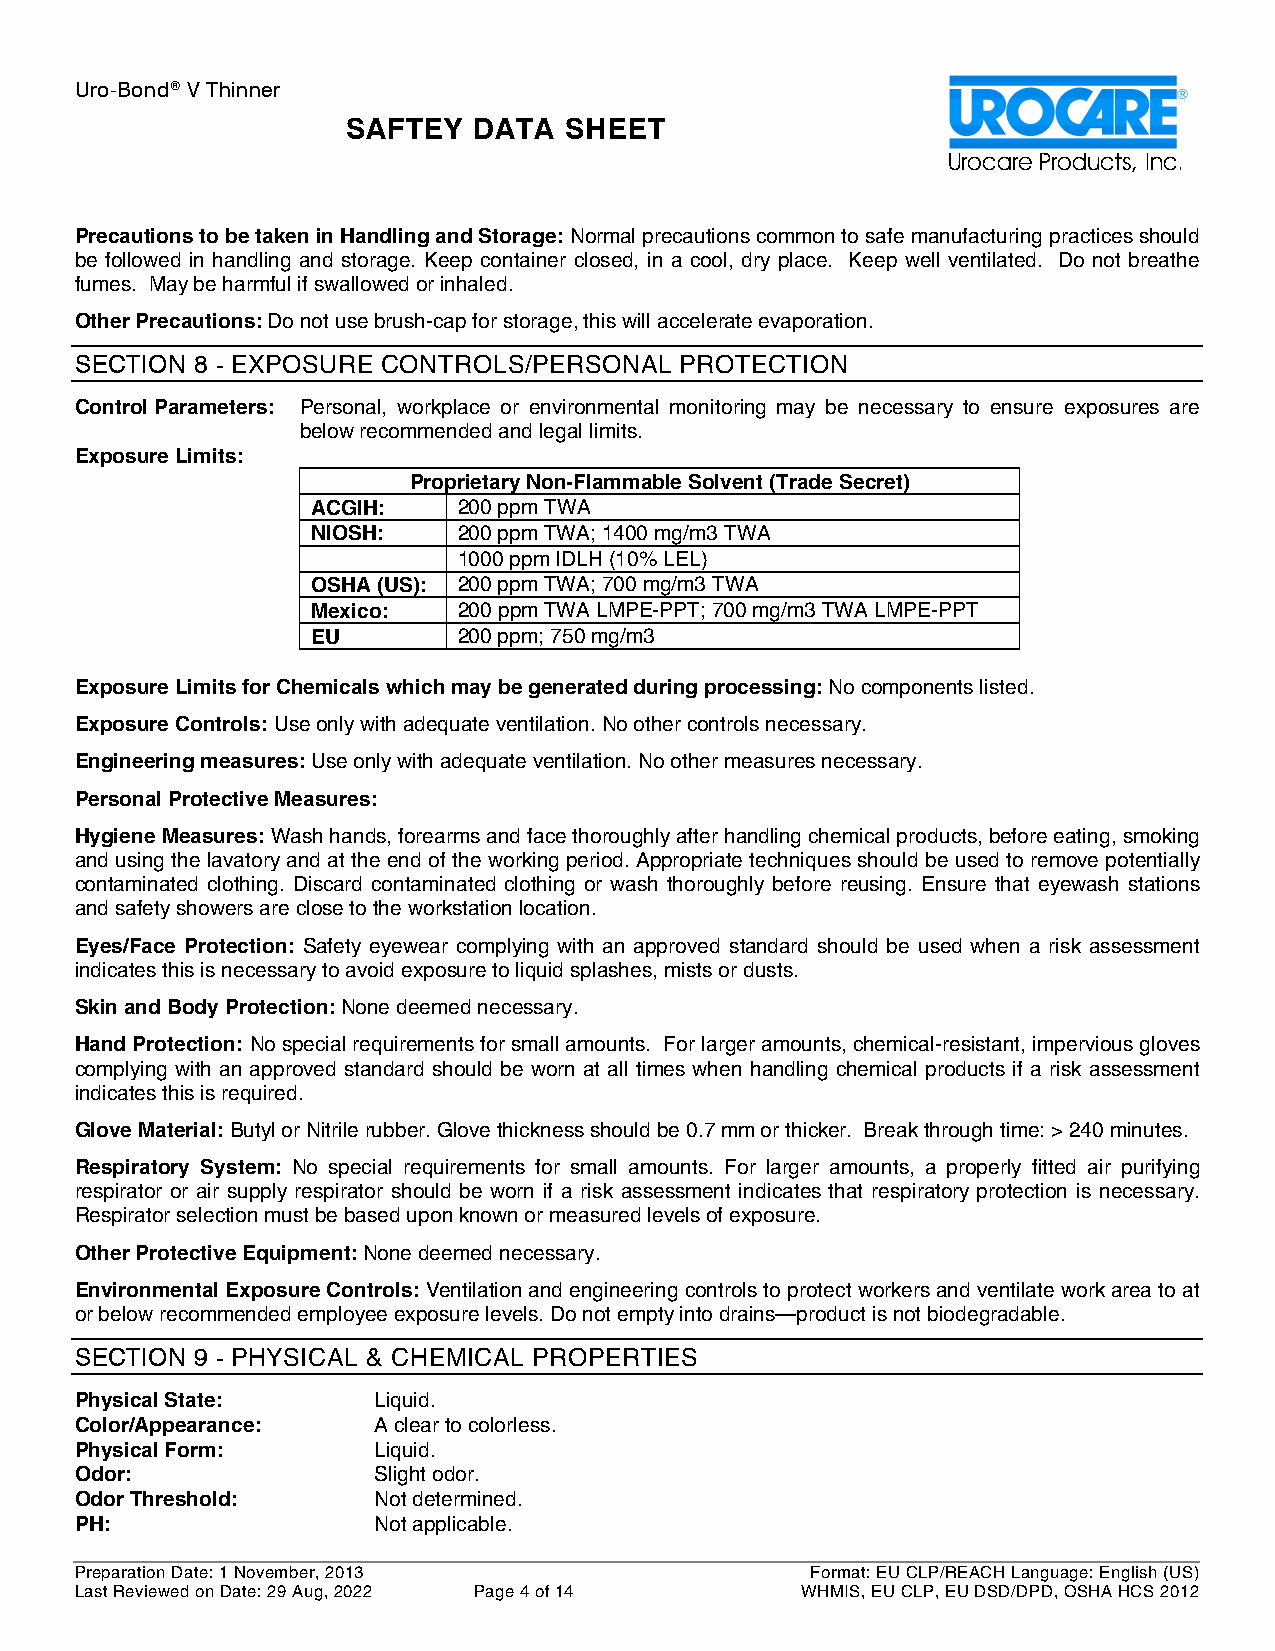
Uro-Bond® V Thinner
 SAFTEY  DATA  SHEET
 Urocare Products, Inc.
 Precautions to be taken in Handling and Storage: Normal precautions common to safe manufacturing practices should
 be followed in handling and storage. Keep container closed, in a cool, dry place. Keep well ventilated. Do not breathe
 fumes. May be harmful if swallowed or inhaled.
 Other Precautions: Do not use brush-cap for storage, this will accelerate evaporation.
 SECTION 8 - EXPOSURE CONTROLS/PERSONAL  PROTECTION
 Control Parameters: Personal, workplace or environmental monitoring may be necessary to ensure exposures are
 below recommended and legal limits.
 Exposure Limits:
 Proprietary Non-Flammable Solvent(Trade Secret)
 ACGIH:   200 ppm TWA
 NIOSH:   200 ppm TWA; 1400 mg/m3 TWA
 1000 ppm IDLH (10% LEL)
 OSHA (US): 200 ppm TWA; 700 mg/m3 TWA
 Mexico:  200 ppm TWA LMPE-PPT; 700 mg/m3 TWA LMPE-PPT
 EU       200 ppm; 750mg/m3
 Exposure Limits for Chemicals which may be generated during processing: No components listed.
 Exposure Controls: Use only with adequate ventilation. No other controls necessary.
 Engineering measures: Use only with adequate ventilation. No other measures necessary.
 Personal Protective Measures:
 Hygiene Measures: Wash hands, forearms and face thoroughly after handling chemical products, before eating, smoking
 and using the lavatory and at the end of the working period. Appropriate techniques should be used to remove potentially
 contaminated clothing. Discard contaminated clothing or wash thoroughly before reusing. Ensure that eyewash stations
 and safety showers are close to the workstation location.
 Eyes/Face Protection: Safety eyewear complying with an approved standard should be used when a risk assessment
 indicates this is necessary to avoid exposure to liquid splashes, mists or dusts.
 Skin and Body Protection: None deemed necessary.
 Hand Protection: No special requirements for small amounts. For larger amounts, chemical-resistant, impervious gloves
 complying with an approved standard should be worn at all times when handling chemical products if a risk assessment
 indicates this is required.
 Glove Material: Butyl or Nitrile rubber. Glove thickness should be 0.7 mm or thicker. Break through time: > 240 minutes.
 Respiratory System: No special requirements for small amounts. For larger amounts, a properly fitted air purifying
 respirator or air supply respirator should be worn if a risk assessment indicates that respiratory protection is necessary.
 Respirator selection must be based upon known or measured levels of exposure.
 Other Protective Equipment: None deemed necessary.
 Environmental Exposure Controls: Ventilation and engineering controls to protect workers and ventilate work area to at
 or below recommended employee exposure levels. Do not empty into drains—product is not biodegradable.
 SECTION 9 - PHYSICAL & CHEMICAL PROPERTIES
 Physical State:     Liquid.
 Color/Appearance:   A clear to colorless.
 Physical Form:      Liquid.
 Odor:               Slight odor.
 Odor Threshold:     Not determined.
 PH:                 Not applicable.
 Preparation Date: 1 November, 2013               Format: EU CLP/REACH Language: English (US)
 Last Reviewed on Date: 29 Aug, 2022 Page 4 of 14 WHMIS, EU CLP, EU DSD/DPD, OSHA HCS 2012